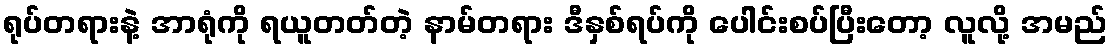
ရုပ်တရားနဲ့ အာရုံကို ရယူတတ်တဲ့ နာမ်တရား ဒီနှစ်ရပ်ကို ပေါင်းစပ်ပြီးတော့ လူလို့ အမည်